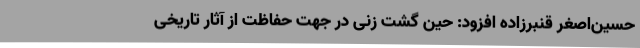
حسین‌اصغر قنبرزاده افزود: حین گشت زنی در جهت حفاظت از آثار تاریخی